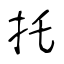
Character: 托